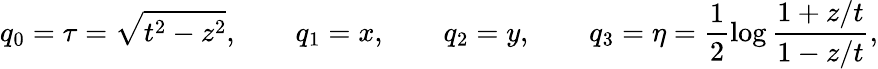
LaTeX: q_{0}=\tau=\sqrt{t^{2}-z^{2}},\qquad q_{1}=x,\qquad q_{2}=y,\qquad q_{3}=\eta=\frac{1}{2}\log\frac{1+z/t}{1-z/t},